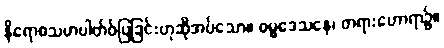
နိရောဓသမာပါတ်ဝ်ပြခြင်းဟုဆိုအပ်သော။ ဓမ္မဒေသနေ၊ တရားဟောရာ၌။